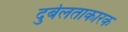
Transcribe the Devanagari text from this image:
दुर्बलताकारक